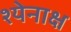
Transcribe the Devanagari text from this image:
श्येनाक्ष